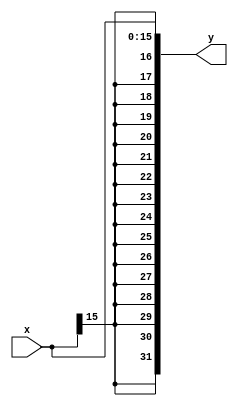
module sign_ex(
    input [15:0] x,
    output [31:0] y
);
    assign y = {{16{x[15]}}, x};
    
endmodule